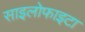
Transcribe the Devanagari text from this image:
साइलोफाइटा